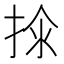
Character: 𱠂